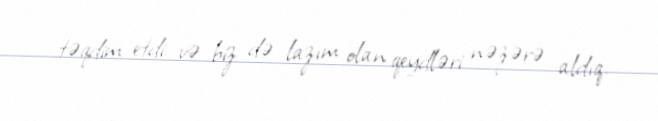
təqdim etdi və biz də lazım olan qeydləri nəzərə aldıq.